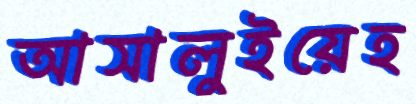
আসালুইয়েহ